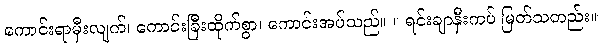
ကောင်းရာမှီးလျက်၊ ကောင်းခြီးထိုက်စွာ၊ ကောင်းအပ်သည်။ ။ ရင်းချာနှီးကပ် မြတ်သတည်း။